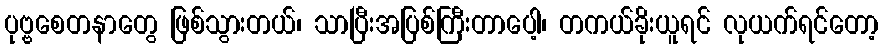
ပုဗ္ဗစေတနာတွေ ဖြစ်သွားတယ်၊ သာပြီးအပြစ်ကြီးတာပေါ့၊ တကယ်ခိုးယူရင် လုယက်ရင်တော့